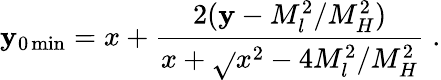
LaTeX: \mathbf{y}_{0\operatorname*{min}}=x+\frac{{2(\mathbf{y}-M_{l}^{2}/M_{H}^{2})}}{{x+\sqrt{}{{x^{2}-4M_{l}^{2}/M_{H}^{2}}}}}\; .